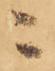
ニ